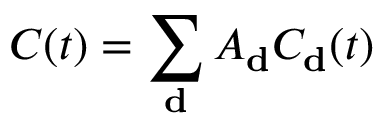
C ( t ) = \sum _ { \mathbf { d } } A _ { \mathbf { d } } C _ { \mathbf { d } } ( t )